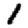
Digit: 1